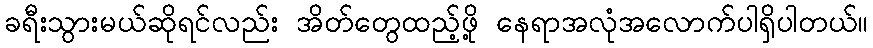
ခရီးသွားမယ်ဆိုရင်လည်း အိတ်တွေထည့်ဖို့ နေရာအလုံအလောက်ပါရှိပါတယ်။